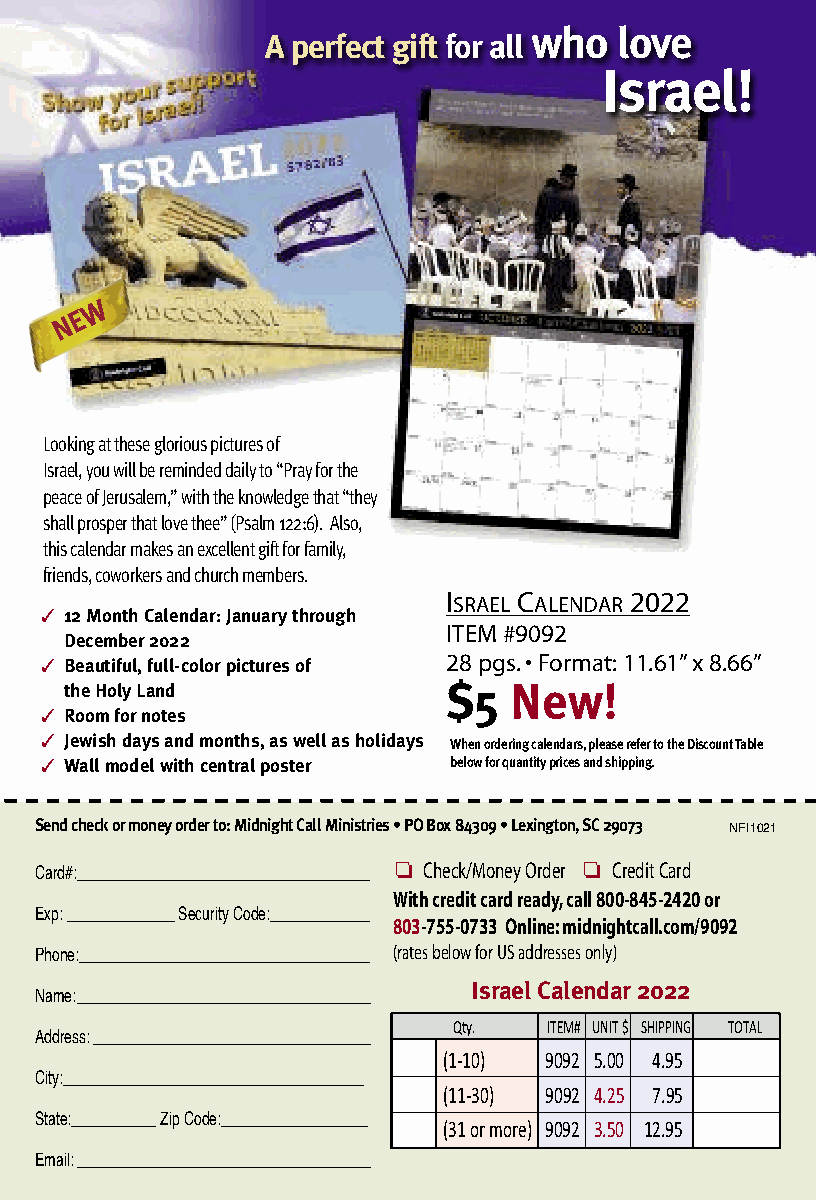
who   love
 A perfect gift for all
 Israel!
 W
 E
 N
 Looking at these glorious pictures of
 Israel, you will be reminded daily to “Pray for the
 peace of Jerusalem,” with the knowledge that “they
 shall prosper that love thee” (Psalm 122:6). Also,
 this calendar makes an excellent gift for family,
 friends, coworkers and church members.
 ISRAEL CALENDAR 2022
 3 12 Month Calendar: January through
 ITEM #9092
 December 2022
 3 Beautiful, full-color pictures of 28 pgs. • Format: 11.61” x 8.66”
 $5  New!
 the Holy Land
 3 Room for notes
 3 Jewish days and months, as well as holidays When ordering calendars, please refer to the Discount Table
 3 Wall model with central poster below for quantity prices and shipping.
 Send check or money order to: Midnight Call Ministries • PO Box 84309 • Lexington, SC 29073
 NFI1021
 ❏ Check/Money Order ❏ Credit Card
 Card#:______________________________________
 With credit card ready, call 800-845-2420 or
 Exp: ______________Security Code:_____________ 803-755-0733 Online: midnightcall.com/9092
 (rates below for US addresses only)
 Phone:______________________________________
 Israel Calendar 2022
 Name:______________________________________
 Qty.  ITEM# UNIT $ SHIPPING TOTAL
 Address:____________________________________
 (1-10) 9092 5.00 4.95
 City:_______________________________________
 (11-30) 9092 4.25 7.95
 State:___________ Zip Code:___________________ (31 or more) 9092 3.50 12.95
 Email:______________________________________